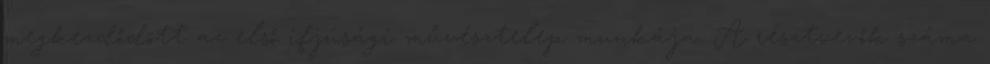
megkezdődött az első ifjúsági művésztelep munkája. A résztvevők száma